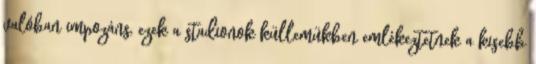
valóban impozáns, ezek a stadionok küllemükben emlékeztetnek a kisebb